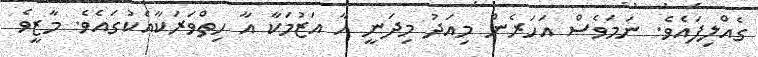
ގެއްލިފައެވެ. ނަމަވެސް އަހަރެން މިއަދު މިދަނީ އާ އަޒުމަކާ އާ ހިތްވަރަކާއެކުގައެވެ. މާޒީވެ